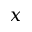
x